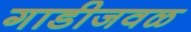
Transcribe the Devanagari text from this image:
गाडीजवळ